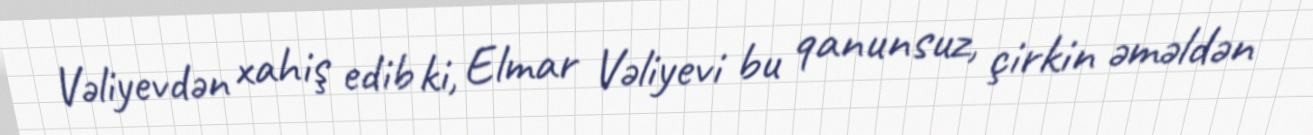
Vəliyevdən xahiş edib ki, Elmar Vəliyevi bu qanunsuz, çirkin əməldən